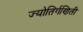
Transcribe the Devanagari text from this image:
ज्योतिर्गणिती